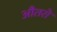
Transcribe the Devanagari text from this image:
औतरो